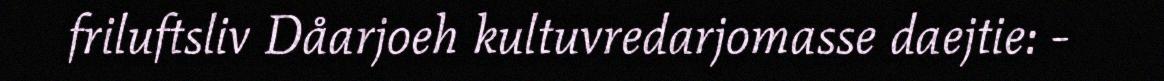
friluftsliv Dåarjoeh kultuvredarjomasse daejtie: -